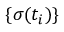
\{ \sigma ( t _ { i } ) \}